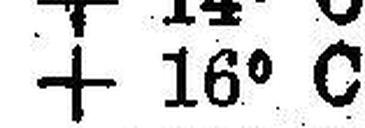
+ 16° C